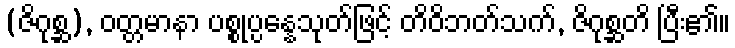
(ဇိဂုစ္ဆ), ဝတ္တမာနာ ပစ္စုပ္ပန္နေသုတ်ဖြင့် တိဝိဘတ်သက်, ဇိဂုစ္ဆတိ ပြီး၏။